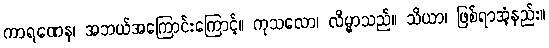
ကာရဏေန၊ အဘယ်အကြောင်းကြောင့်။ ကုသလော၊ လိမ္မာသည်။ သိယာ၊ ဖြစ်ရာအံ့နည်း။